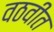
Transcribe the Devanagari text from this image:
वठवीत